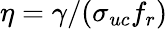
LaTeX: \eta=\gamma/(\sigma_{uc}f_{r})